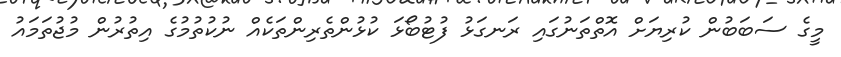
މީގެ ސަބަބުން ކުރިޔަށް އޮތްތަނުގައި ރަނގަޅު ފުޓުބޯޅަ ކުޅުންތެރިންތަކެއް ނުކުތުމުގެ އިތުރުން މުޖުތަމައު